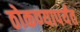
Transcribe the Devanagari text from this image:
ठोकण्यापर्यंत